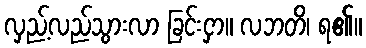
လှည့်လည်သွားလာ ခြင်းငှာ။ လဘတိ၊ ရ၏။